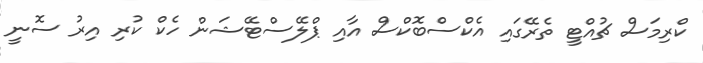
ކްރިމަސް ޗުއްޓީ ތެރޭގައި އެކްސްބޮކްސް އާއި ޕްލޭސްޓޭޝަން ހެކް ކުރި އިރު ސޮނީ